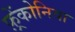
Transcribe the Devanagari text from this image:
फ़्रेंकोनिया